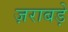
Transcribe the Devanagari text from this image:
ज़राबड़े